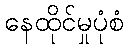
နေထိုင်မှုပုံစံ